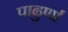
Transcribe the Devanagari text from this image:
पाढुर्णा